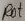
Text: Rot